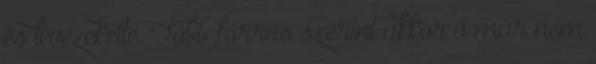
és levezekelte. Több forrás szerint akkor ő már nem